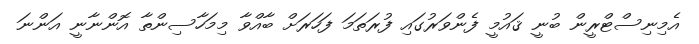
އެމިނިސްޓްރީން ބުނީ ޤައުމީ ފެންވަރުގައި ފުރަތަމަ ފަހަރަށް ބާއްވާ މިމަހާސިންތާ އޮންނާނީ އަންނަ